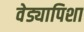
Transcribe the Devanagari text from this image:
वेड्यापिशा